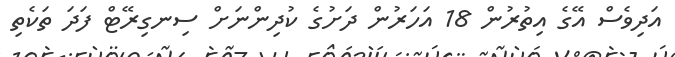
އަދިވެސް އޭގެ އިތުރުން 18 އަހަރުން ދަށުގެ ކުދިންނަށް ސިނގިރޭޓް ފަދަ ތަކެތި